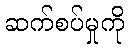
ဆက်စပ်မှုကို